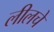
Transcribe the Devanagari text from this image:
लीलचे